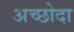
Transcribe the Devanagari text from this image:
अच्छोदा